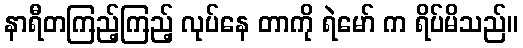
နာရီတကြည့်ကြည့် လုပ်နေ တာကို ရဲမော် က ရိပ်မိသည်။